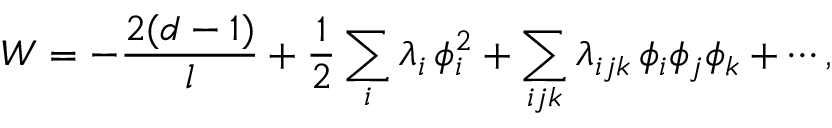
W = - \frac { 2 ( d - 1 ) } { l } + { \frac { 1 } { 2 } } \sum _ { i } \lambda _ { i } \, \phi _ { i } ^ { 2 } + \sum _ { i j k } \lambda _ { i j k } \, \phi _ { i } \phi _ { j } \phi _ { k } + \cdots ,